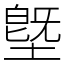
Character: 墍